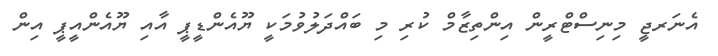
އެނަރޖީ މިނިސްޓްރީން އިންތިޒާމް ކުރި މި ބައްދަލުވުމަކީ ޔޫއެންޑީޕީ އާއި ޔޫއެންއީޕީ އިން